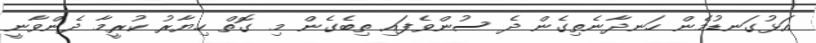
އަޅުގަނޑުމެން ހަނދާނެތިގެން ދެ ސުންވެފައި ތިބެގެން މި ގޮތް ހިޔާރު ކުރީމާ ދެންވާނީ